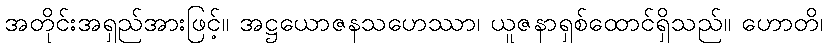
အတိုင်းအရှည်အားဖြင့်။ အဋ္ဌယောဇနသဟေဿာ၊ ယူဇနာရှစ်ထောင်ရှိသည်။ ဟောတိ၊